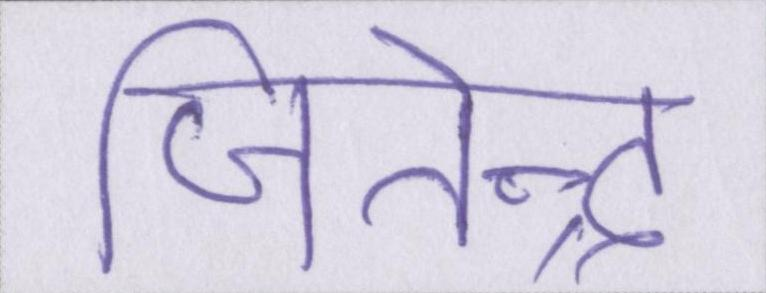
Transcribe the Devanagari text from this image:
जितेन्द्र